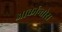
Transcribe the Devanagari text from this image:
आर्कान्तोस